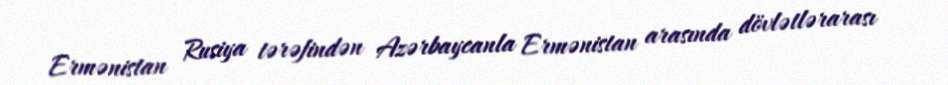
Ermənistan Rusiya tərəfindən Azərbaycanla Ermənistan arasında dövlətlərarası